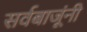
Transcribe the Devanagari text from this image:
सर्वबाजूंनी